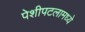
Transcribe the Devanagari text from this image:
पेशीपटलामध्ये